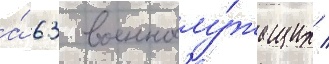
а́ 63 военнослу́жащих /